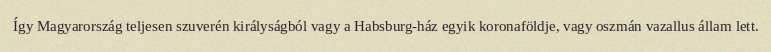
Így Magyarország teljesen szuverén királyságból vagy a Habsburg-ház egyik koronaföldje, vagy oszmán vazallus állam lett.